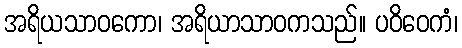
အရိယသာဝကော၊ အရိယာသာဝကသည်။ ပဝိဝေကံ၊